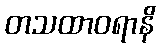
တသထာဝရာနိ